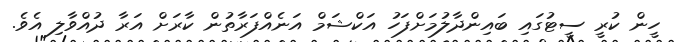
ހީން ކުރީ ސީޓުގައި ބައިންދާލުމަށްފަހު އަކްޝަމް އަނެއްފަރާތުން ކާރަށް އަރާ ދުއްވާލި އެވެ.